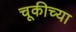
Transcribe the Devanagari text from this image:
चूकीच्या